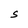
Character: S